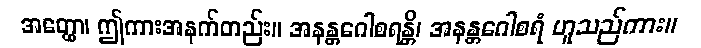
အတ္ထော၊ ဤကားအနက်တည်း။ အနန္တဂေါစရန္တိ၊ အနန္တဂေါစရံ ဟူသည်ကား။